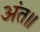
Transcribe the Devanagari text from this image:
अंत॥